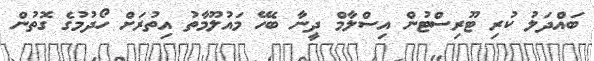
ބައްދަލު ކުރި ޓޫރިސްޓުން އިސްލާމް ދީނާ ބެހޭ މައުލޫމާތު އިތުރަށް ހޯދުމުގެ ގޮތުން